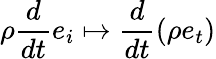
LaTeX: \rho\frac{d}{dt}e_{i}\mapsto\frac{d}{dt}(\rho e_{t})